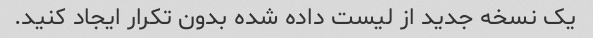
یک نسخه جدید از لیست داده شده بدون تکرار ایجاد کنید.